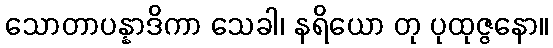
သောတာပန္နာဒိကာ သေခါ၊ နရိယော တု ပုထုဇ္ဇနော။